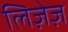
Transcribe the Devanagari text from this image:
लिज़ेज़